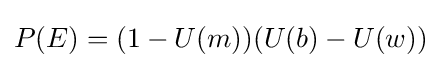
P(E)=(1-U(m))(U(b)-U(w))